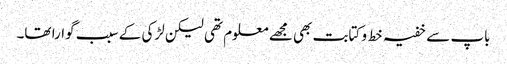
باپ سے خفیہ خط و کتابت بھی مجھے معلوم تھی لیکن لڑکی کے سبب گوارا تھا۔